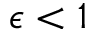
\epsilon < 1